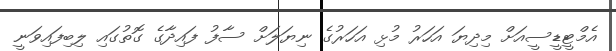
އެމްޓީޑީސީއަށް މިދިޔަ އަހަރު މުޅި އަހަރުގެ ނިޔަލަށް ސާފު ފައިދާގެ ގޮތުގައި ލިބިފައިވަނީ